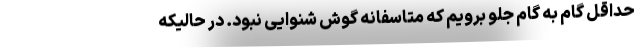
حداقل گام به گام جلو برویم که متاسفانه گوش شنوایی نبود. در حالیکه